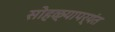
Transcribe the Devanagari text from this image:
सोहळ्यापर्यंत